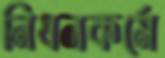
নিধনকর্মে